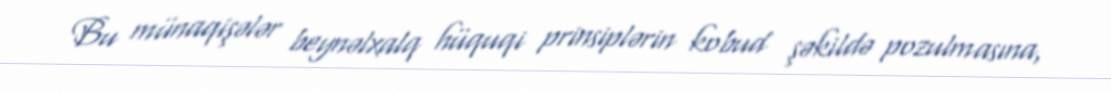
Bu münaqişələr beynəlxalq hüquqi prinsiplərin kobud şəkildə pozulmasına,